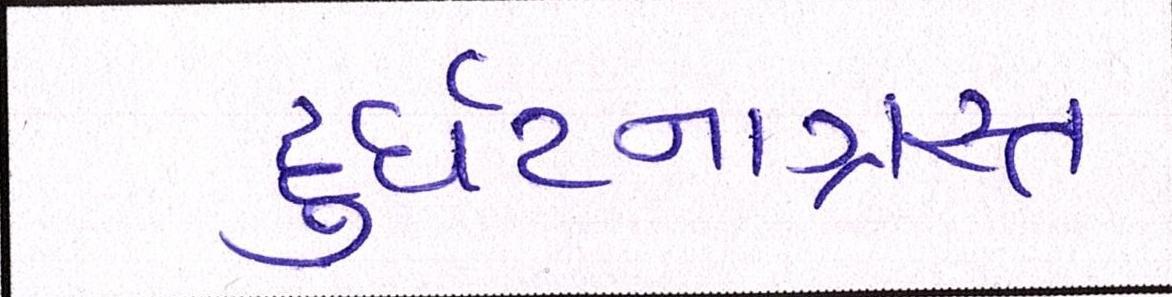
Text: દુર્ઘટનાગ્રસ્ત